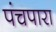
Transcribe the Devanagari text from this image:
पंचपारा